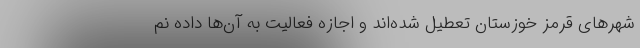
شهرهای قرمز خوزستان تعطیل شده‌اند و اجازه فعالیت به آن‌ها داده نم